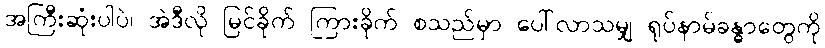
အကြီးဆုံးပါပဲ၊ အဲဒီလို မြင်ခိုက် ကြားခိုက် စသည်မှာ ပေါ်လာသမျှ ရုပ်နာမ်ခန္ဓာတွေကို